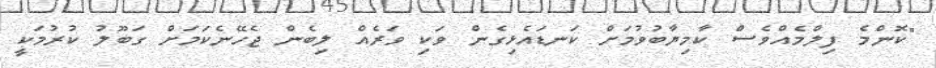
"ކޮންމެ ފިލްމެއްވެސް ކާމިޔާބުވުމަށް ކަނޑައެޅިގެން ވަކި ވަރެއް ލިބެން ޖެހޭނެކަމަށް ގަބޫލު ކުރުމަކީ